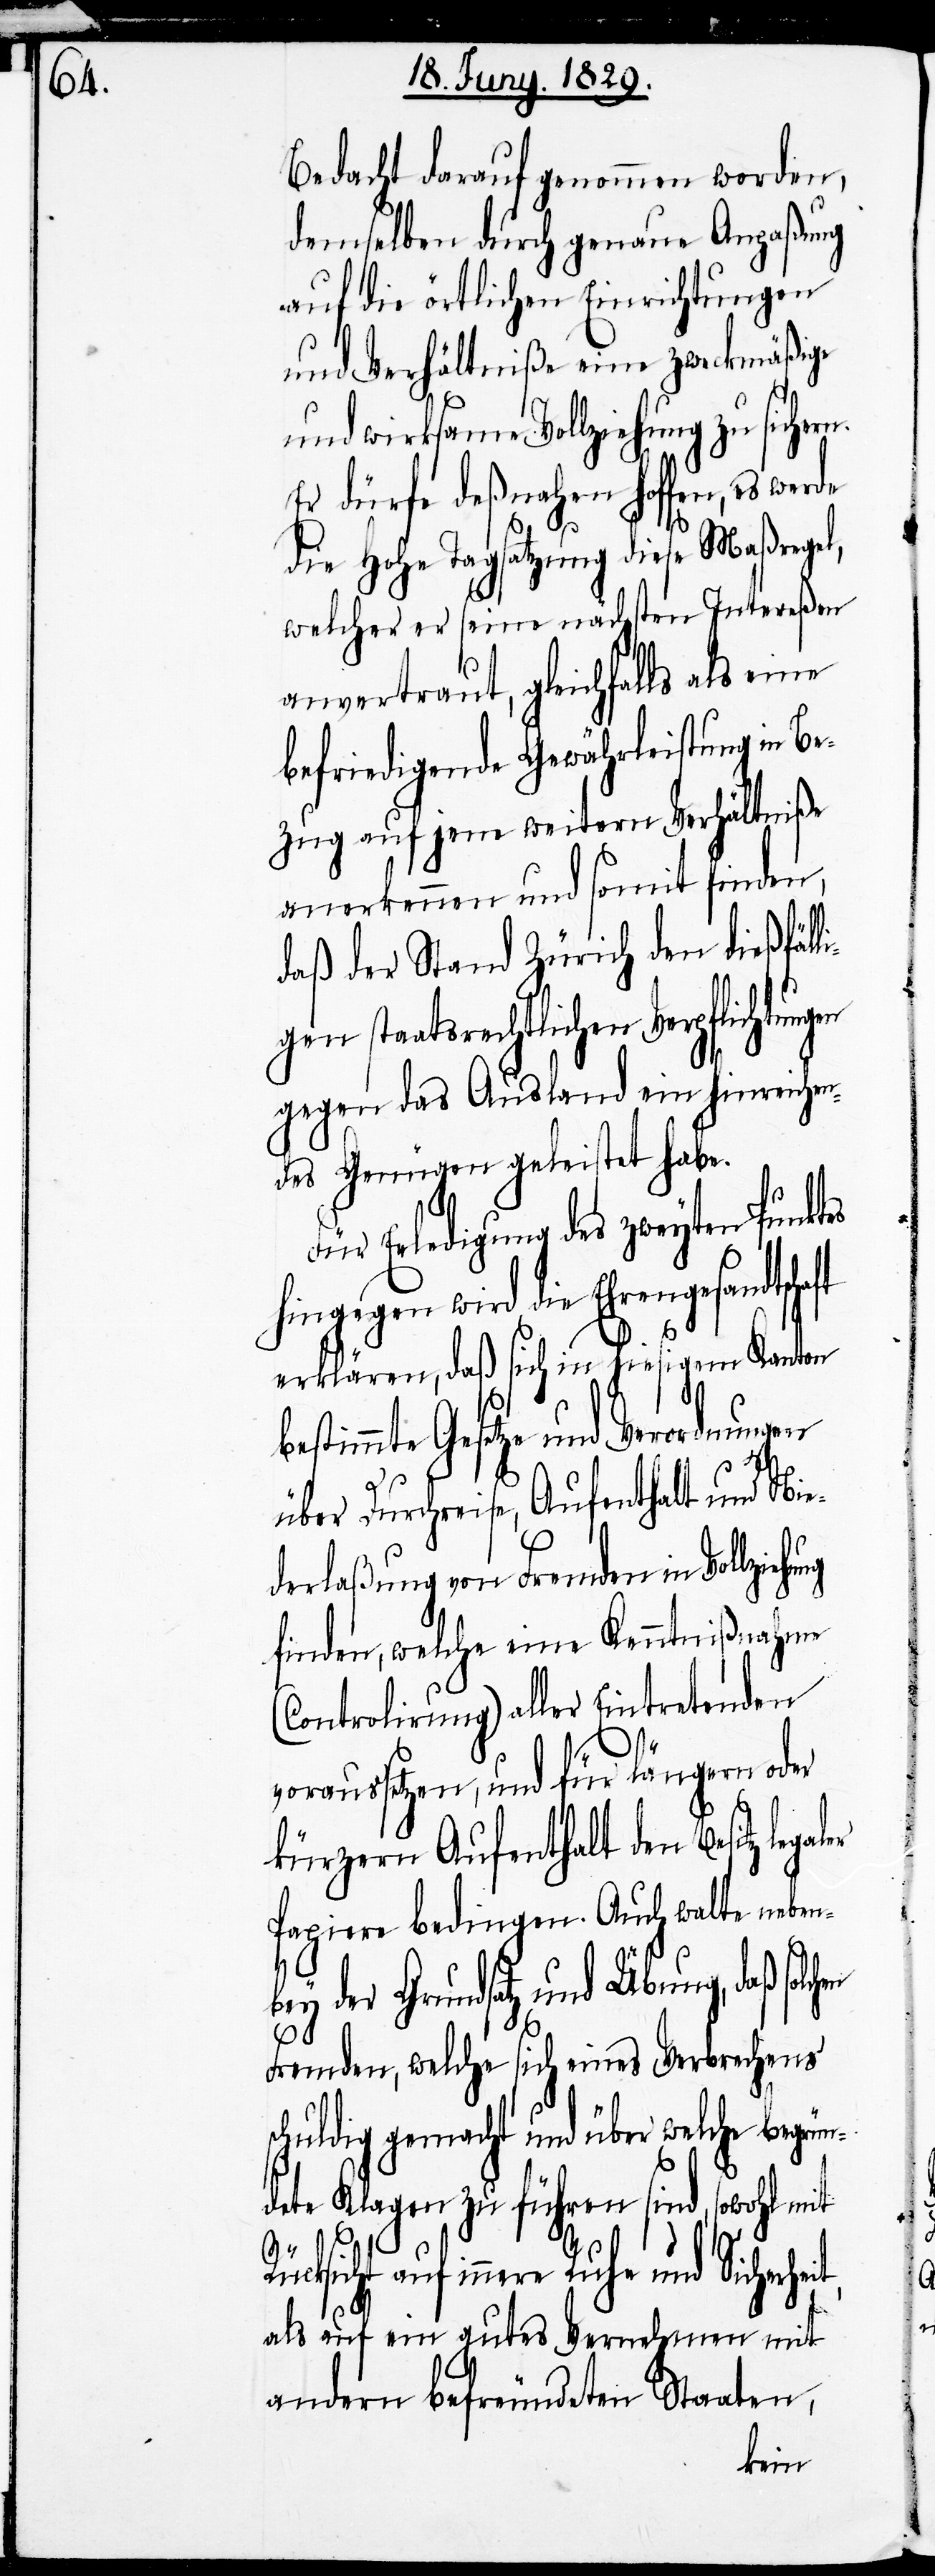
Bedacht darauf genommen worden,
demselben durch genaue Anpaßung
auf die örtlichen Einrichtungen
und Verhältniße eine zweckmäßige
und wirksame Vollziehung zu siche¬
Er dürfe deßnahen hoffen, es werde
aler
die Hohe Tagsatzung diese Maßregel,
welcher er seine nächsten Intereßen
anvertraut, gleichfalls als eine
befriedigende Gewährleistung in Be¬
zug auf jene weitern Verhältniße
anerkennen und somit finden,
daß der Stand Zürich den dießfäll¬
igen staatsrechtlichen Verpflichtungen
gegen das Ausland ein hinreichen¬
des Genügen geleistet habe.
und Übung, daß solchen
hingegen wird die Ehrengesandtsch¬
erklären, daß sich in hiesigem Kanton
bestimmte Gesetze und Verordnungen
n¬
über Durchreise, Aufenthalt und Nie¬
derlaßung von Fremden in Vollzieh¬
finden, welche eine Kenntnißnahme
(Controlirung) aller Eintretenden
voraussetzen, und für längern oder
kürzern Aufenthalt der Besitz leg¬
Papiere bedingen. Auch walte nebe¬
Fremden, welche sich eines Verbrechens
chuldig gemacht und über welche begrü¬
dete Klagen zu führen sind, sowohl mit
Rücksicht auf innere Ruhe und
als auf ein gutes Vernehmen mit
andern befreundeten Staaten,